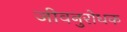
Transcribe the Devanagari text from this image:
जीवनुरोधक